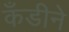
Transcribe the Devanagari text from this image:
कँडीने